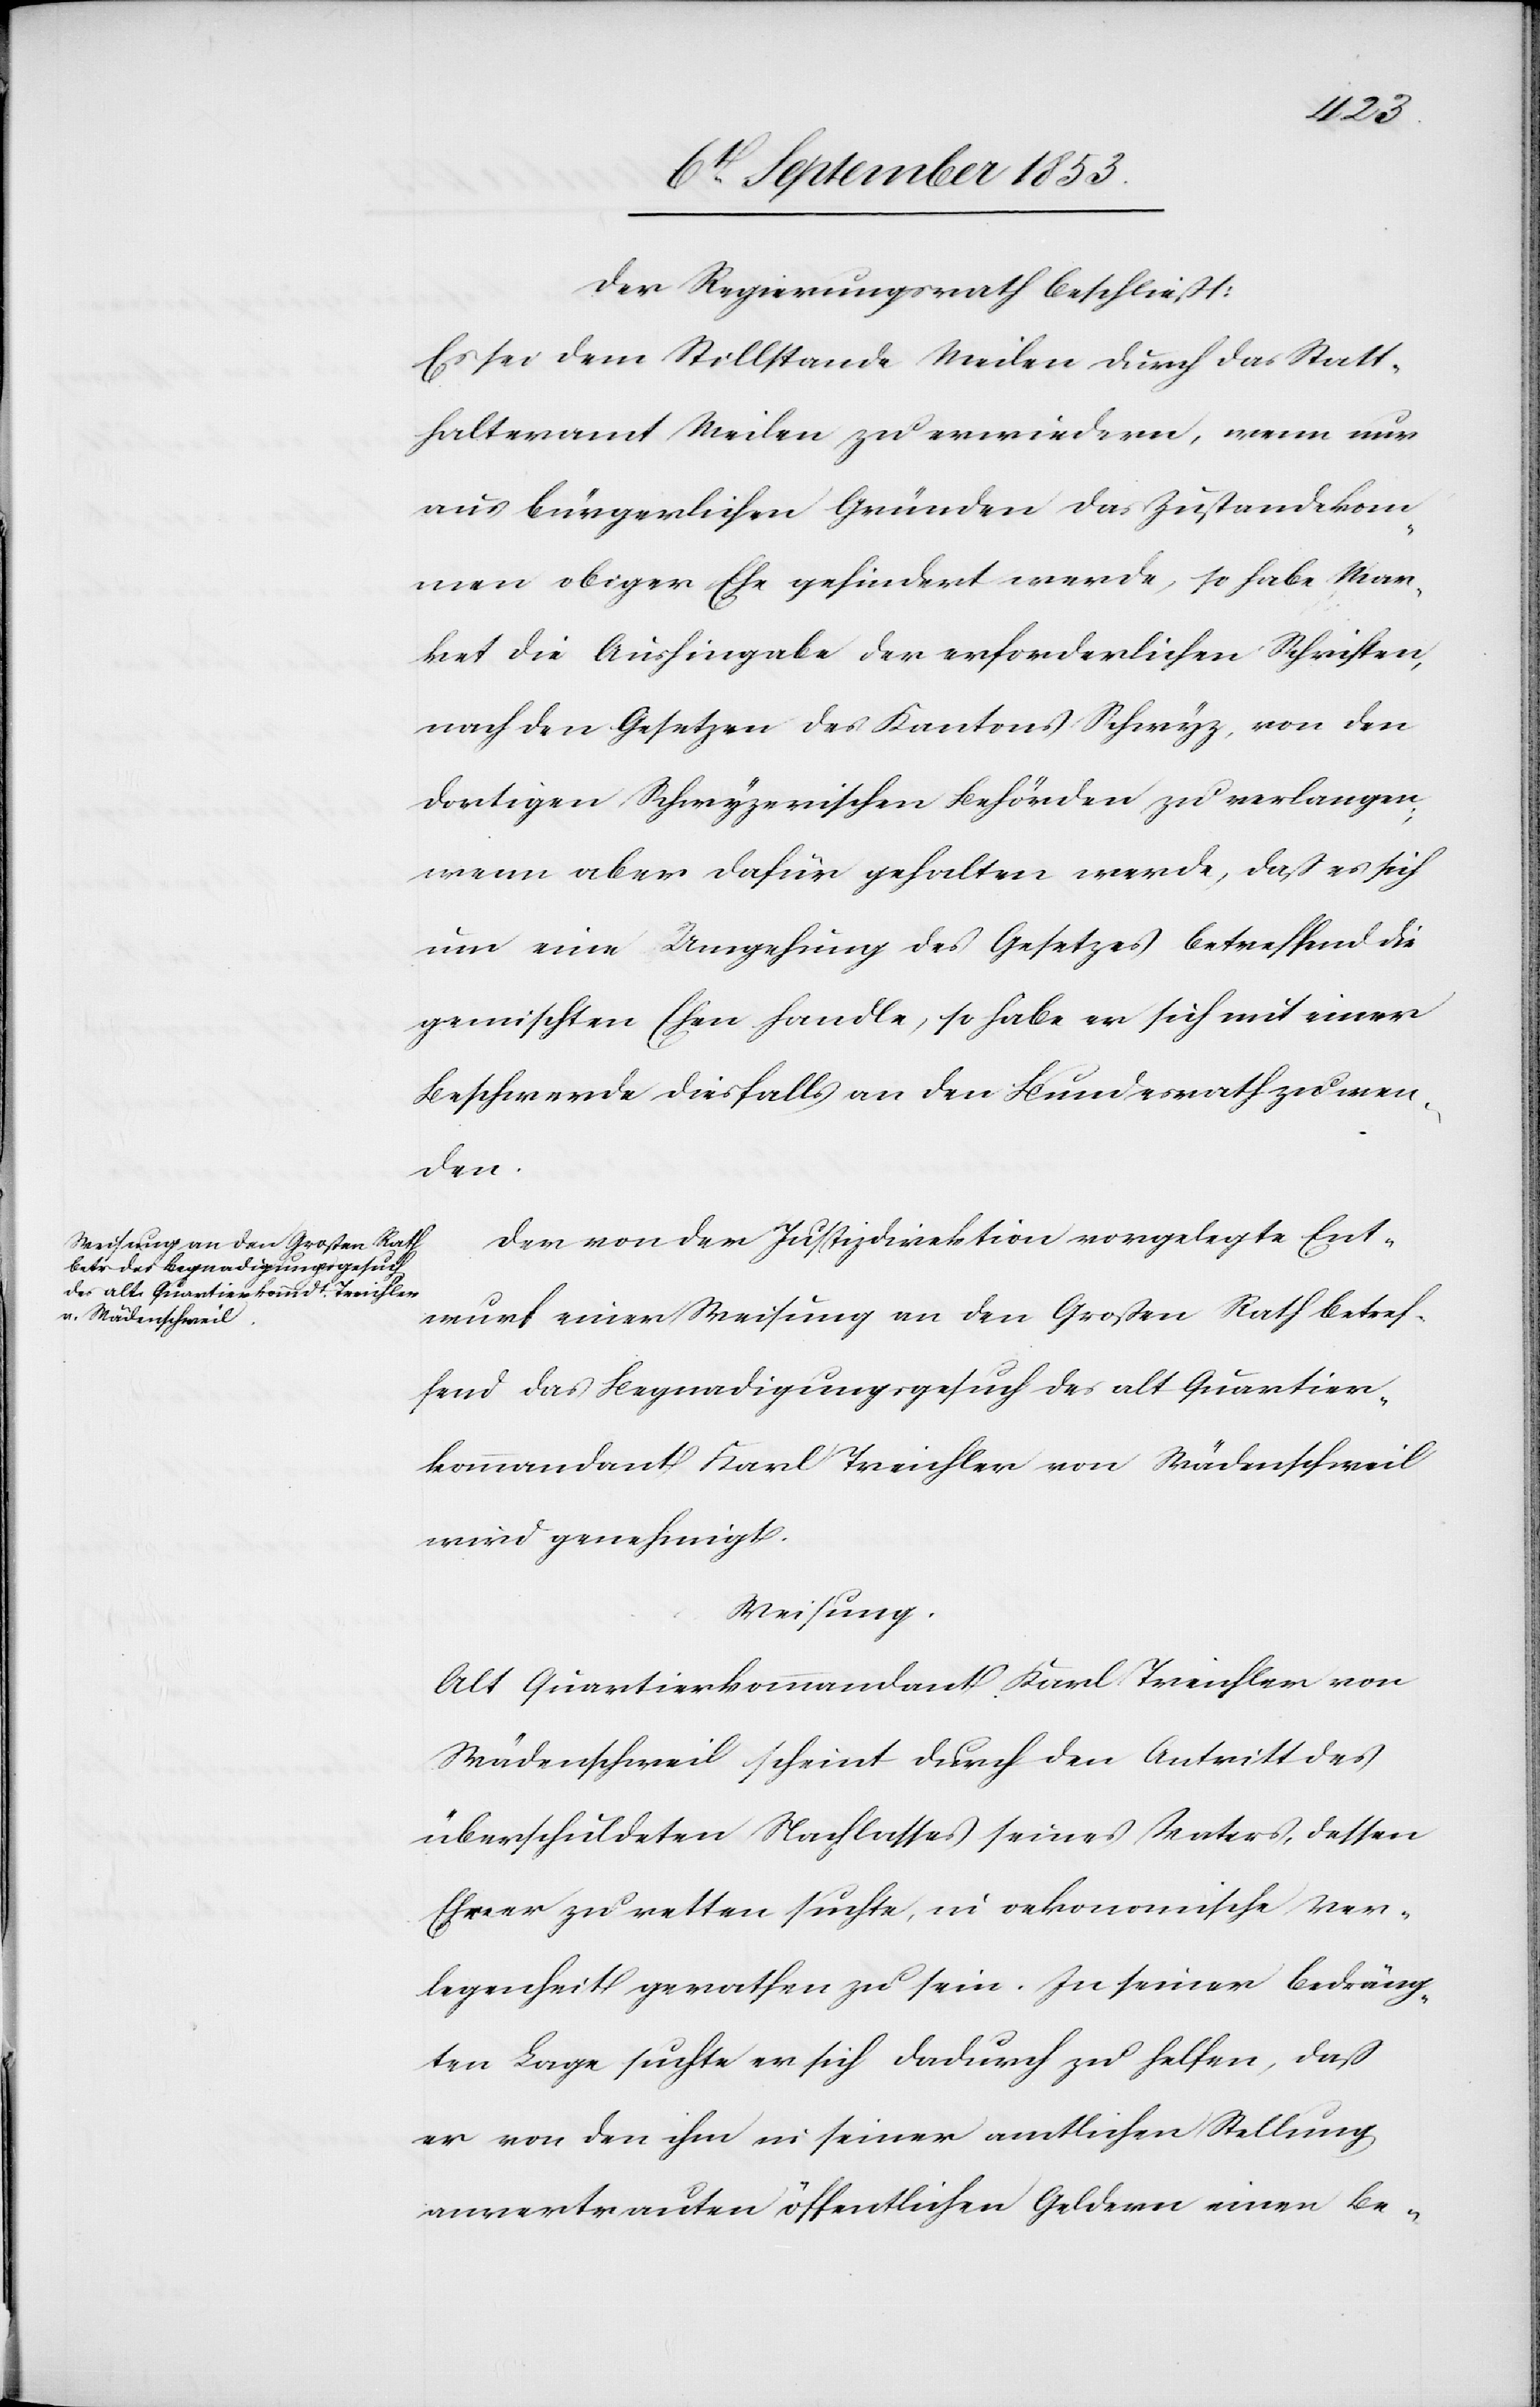
Der Regierungsrath beschließt:
Es sei dem Stillstande Meilen durch das Statt¬
halteramt Meilen zu erwiedern, wenn nur
aus bürgerlichen Gründen das Zustandekom¬
men obiger Ehe gehindert werde, so habe Mar¬
ket die Aushingabe der erforderlichen Schriften,
nach den Gesetzen des Kantons Schwyz, von den
dortigen Schwyzerischen Behörden zu verlangen,
wenn aber dafür gehalten werde, daß es sich
um eine Umgehung des Gesetzes betreffend die
gemischten Ehen handle, so habe er sich mit einer
Beschwerde diesfalls an den Bundesrath zu wen¬
den.
Der von der Justizdirektion vorgelegte Ent¬
wurf einer Weisung an den Großen Rath betref¬
fend das Begnadigungsgesuch des alt Quartier¬
kommandant Karl Treichler von Wädenschweil
wird genehmigt.
Weisung.
Alt Quartierskommandant Karl Treichler von
Wädenschweil scheint durch den Antritt des
überschuldeten Nachlasses seines Vaters, dessen
Ehre er zu retten suchte, in oekonomische Ver¬
legenheit gerathen zu sein. In seiner bedräng¬
ten Lage suchte er sich dadurch zu helfen, daß
er von den ihm in seiner amtlichen Stellung
anvertrauten öffentlichen Geldern einen Be-